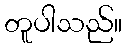
တူပါသည်။